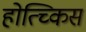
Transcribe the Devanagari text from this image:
होत्च्किस